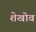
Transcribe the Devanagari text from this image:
शेखोव